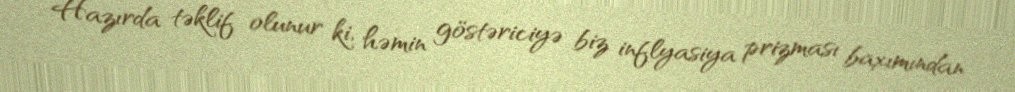
Hazırda təklif olunur ki, həmin göstəriciyə biz inflyasiya prizması baxımından